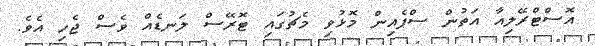
އޮސްޓްރޭލިއާ އަތުން ސްޕެއިން މޮޅުވި މެޗުގައި ޓޮރޭސް ލަނޑެއް ވެސް ޖެހި އެވެ.